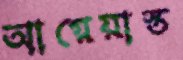
আগ্নেয়াস্ত